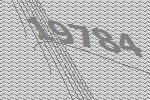
19784